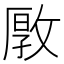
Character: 𱡞